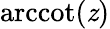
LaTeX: \operatorname{arccot}(\mathit{z})